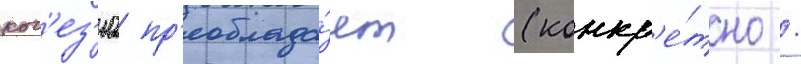
ког'ез'иа пр'еоблада́ет (конкр'е́тно /